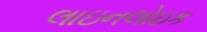
લાઇનલોઇક